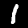
Digit: 1